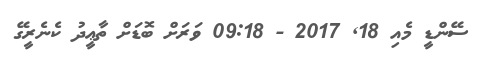
ސޭންޑީ މެއި 18